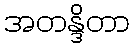
အတန္ဒိတာ